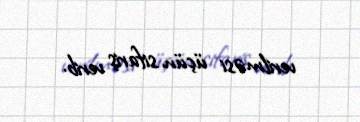
verilməsi üçün sifariş verib.